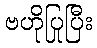
ဗဟိုပြုပြီး